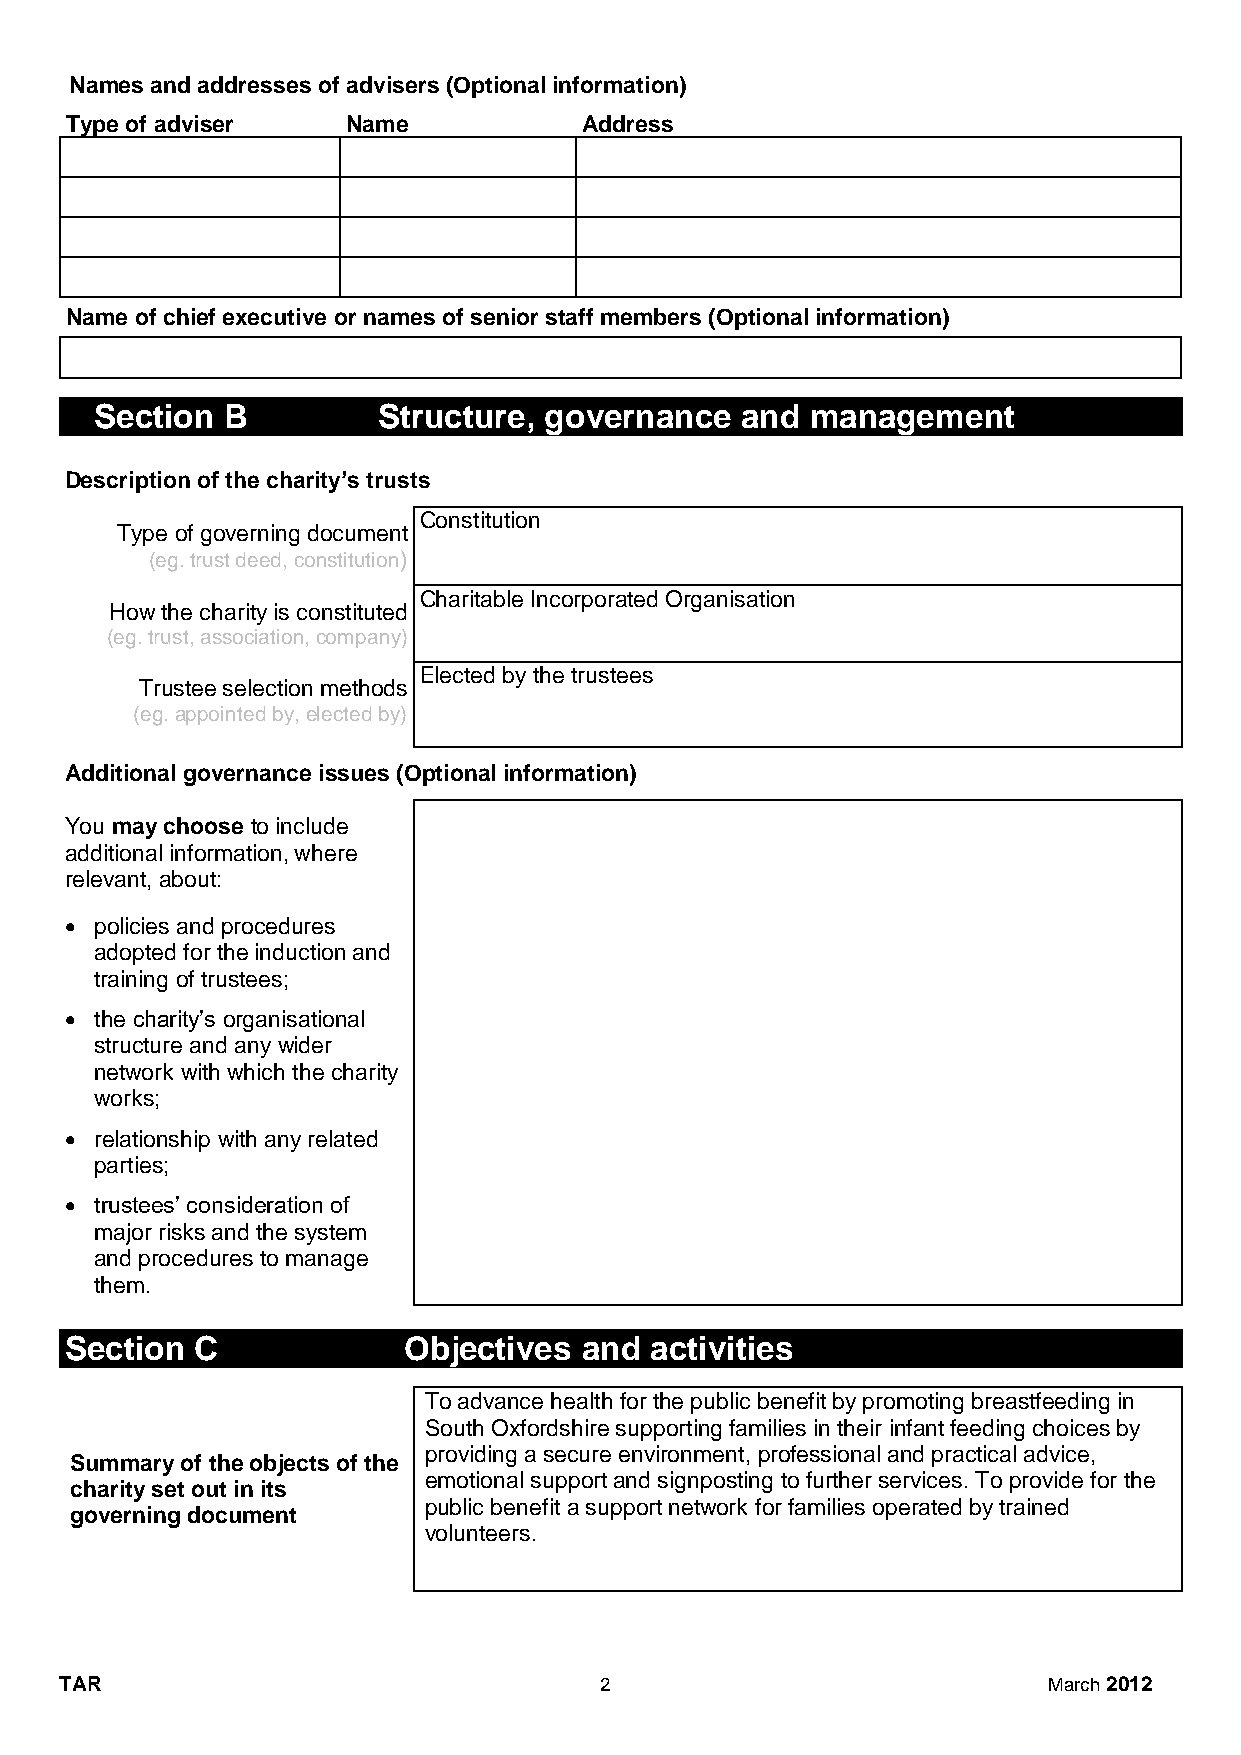
Names and addresses of advisers (Optional information)
 Type of adviser    Name            Address
 Name of chief executive or names of senior staff members (Optional information)
 Section  B         Structure, governance   and  management
 Description of the charity’s trusts
 Constitution
 Type of governing document
 (eg. trust deed, constitution)
 Charitable Incorporated Organisation
 How the charity is constituted
 (eg. trust, association, company)
 Elected by the trustees
 Trustee selection methods
 (eg. appointed by, elected by)
 Additional governance issues (Optional information)
 You may choose to include
 additional information, where
 relevant, about:
  policies and procedures
 adopted for the induction and
 training of trustees;
  the charity’s organisational
 structure and any wider
 network with which the charity
 works;
  relationship with any related
 parties;
  trustees’ consideration of
 major risks and the system
 and procedures to manage
 them.
 Section  C             Objectives and  activities
 To advance health for the public benefit by promoting breastfeeding in
 South Oxfordshire supporting families in their infant feeding choices by
 providing a secure environment, professional and practical advice,
 Summary of the objects of the
 emotional support and signposting to further services. To provide for the
 charity set out in its
 public benefit a support network for families operated by trained
 governing document
 volunteers.
 TAR                                 2                            March 2012